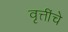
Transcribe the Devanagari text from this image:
वृत्तींचे